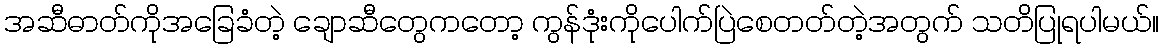
အဆီဓာတ်ကိုအခြေခံတဲ့ ချောဆီတွေကတော့ ကွန်ဒုံးကိုပေါက်ပြဲစေတတ်တဲ့အတွက် သတိပြုရပါမယ်။